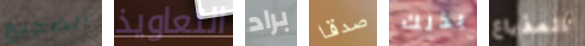
الضجيج التعاويذ براد صدقا بذلك المذياع